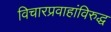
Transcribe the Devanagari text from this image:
विचारप्रवाहांविरुद्ध